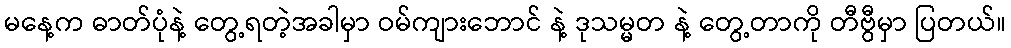
မနေ့က ဓာတ်ပုံနဲ့ တွေ့ရတဲ့အခါမှာ ဝမ်ကျားဘောင် နဲ့ ဒုသမ္မတ နဲ့ တွေ့တာကို တီဗွီမှာ ပြတယ်။